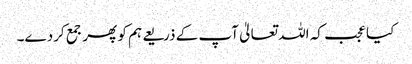
کیا عجب کہ اللہ تعالیٰ آپ کے ذریعے ہم کو پھر جمع کردے۔